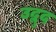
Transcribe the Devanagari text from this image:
उद्बुद